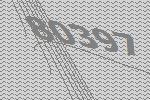
80397